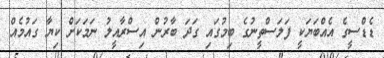
ޑެޑްސީގެ އެއްބަޔަކީ ފަލަސްތީނުގެ ބިމުގައި ގަދަ ބާރުން އިސްރާއީލު ނަމަކަށް ކިޔާ ގައުމެއް